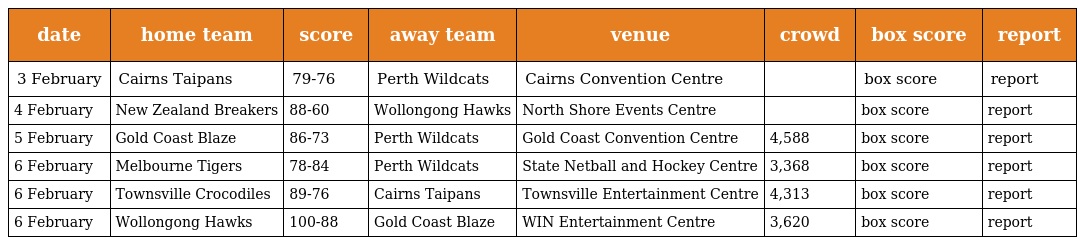
| date | home team | score | away team | venue | crowd | box score | report |
 | --- | --- | --- | --- | --- | --- | --- | --- |
 | 3 February | Cairns Taipans | 79-76 | Perth Wildcats | Cairns Convention Centre |  | box score | report |
 | 4 February | New Zealand Breakers | 88-60 | Wollongong Hawks | North Shore Events Centre |  | box score | report |
 | 5 February | Gold Coast Blaze | 86-73 | Perth Wildcats | Gold Coast Convention Centre | 4,588 | box score | report |
 | 6 February | Melbourne Tigers | 78-84 | Perth Wildcats | State Netball and Hockey Centre | 3,368 | box score | report |
 | 6 February | Townsville Crocodiles | 89-76 | Cairns Taipans | Townsville Entertainment Centre | 4,313 | box score | report |
 | 6 February | Wollongong Hawks | 100-88 | Gold Coast Blaze | WIN Entertainment Centre | 3,620 | box score | report |